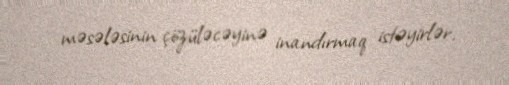
məsələsinin çözüləcəyinə inandırmaq istəyirlər.